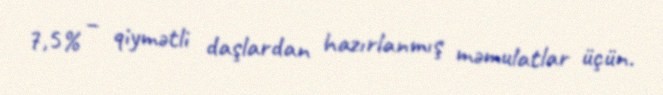
7,5% – qiymətli daşlardan hazırlanmış məmulatlar üçün.